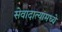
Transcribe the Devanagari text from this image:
सेवादात्यांमध्ये